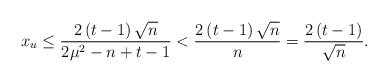
LaTeX: \begin{align*}x_{u}\leq\frac{2\left( t-1\right) \sqrt{n}}{2\mu^{2}-n+t-1}<\frac{2\left(t-1\right) \sqrt{n}}{n}=\frac{2\left( t-1\right) }{\sqrt{n}}. \end{align*}